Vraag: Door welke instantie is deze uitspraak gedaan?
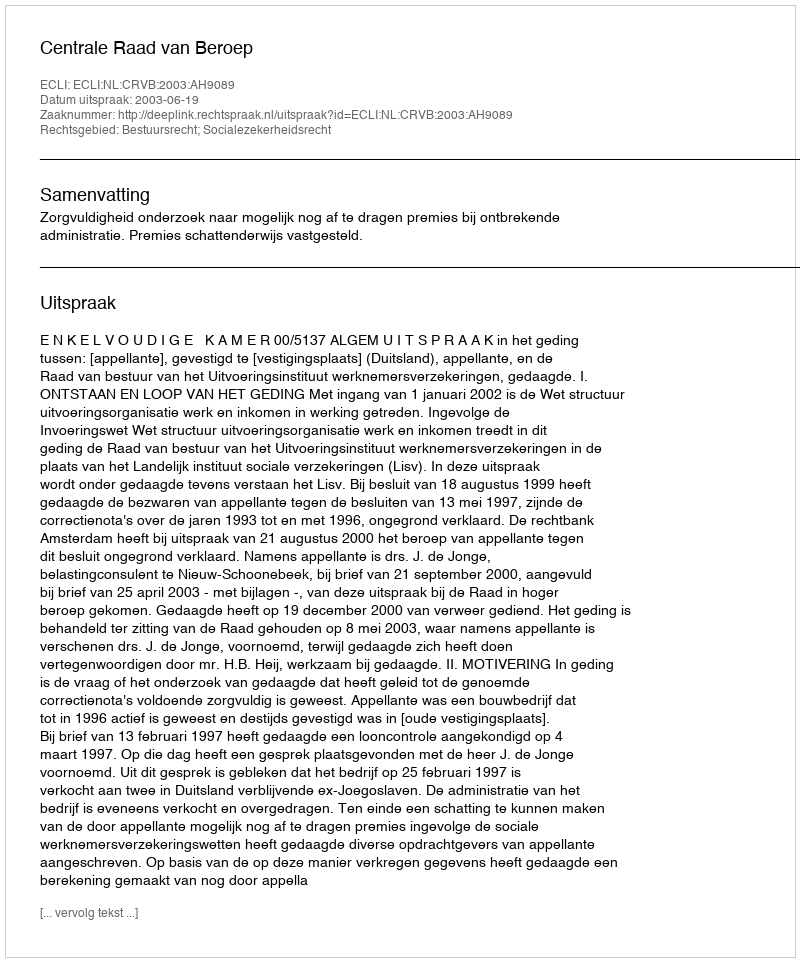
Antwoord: Centrale Raad van Beroep